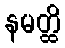
နမတ္ထိ